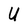
Character: U